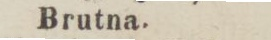
Brutna.